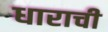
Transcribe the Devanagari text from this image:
धाराची